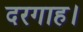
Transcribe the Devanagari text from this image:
दरगाह।